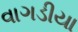
વાગડીયા